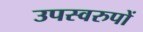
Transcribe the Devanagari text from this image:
उपस्वरुपों